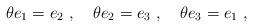
LaTeX: \begin{align*}\theta e_1=e_2~,~~~\theta e_2=e_3~,~~~\theta e_3=e_1~,\end{align*}